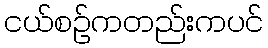
ငယ်စဉ်ကတည်းကပင်